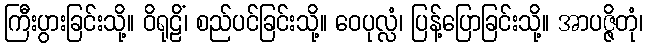
ကြီးပွားခြင်းသို့။ ဝိရုဠိံ၊ စည်ပင်ခြင်းသို့။ ဝေပုလ္လံ၊ ပြန့်ပြောခြင်းသို့။ အာပဇ္ဇိတုံ၊